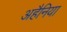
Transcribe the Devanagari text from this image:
अहैनिया